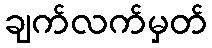
ချက်လက်မှတ်